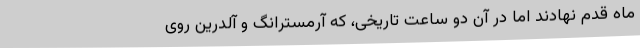
ماه قدم نهادند اما در آن دو ساعت تاریخی، که آرمسترانگ و آلدرین روی